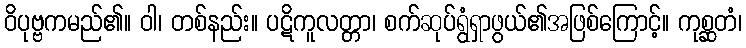
ဝိပုဗ္ဗကမည်၏။ ဝါ၊ တစ်နည်း။ ပဋိကူလတ္တာ၊ စက်ဆုပ်ရွံရှာဖွယ်၏အဖြစ်ကြောင့်။ ကုစ္ဆတံ၊